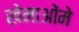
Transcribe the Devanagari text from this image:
खेमाओंमे